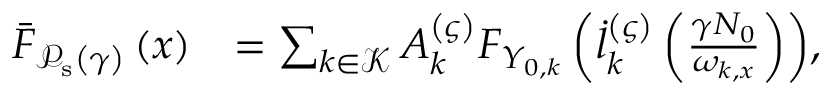
\begin{array} { r l } { \bar { F } _ { \mathcal { P } _ { \mathrm { s } } \left( \gamma \right) } \left( x \right) } & { = \sum _ { k \in \mathcal { K } } { A _ { k } ^ { \left( \varsigma \right) } F _ { Y _ { 0 , k } } \left( \dot { l } _ { k } ^ { \left( \varsigma \right) } \left( \frac { \gamma N _ { 0 } } { \omega _ { k , x } } \right) \right) } , } \end{array}